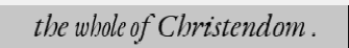
the whole of Christendom .